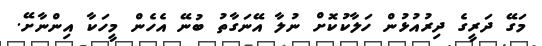
މަގޭ ދަރީގެ ދިރުއުޅުން ހަލާކުކޮށް ނުލާ އޭނަގާތު ބުނޭ އެހެން މީހަކާ އިންނާށޭ.